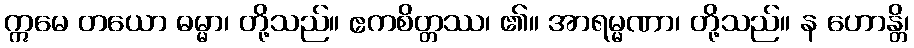
ဣမေ တယော ဓမ္မာ၊ တို့သည်။ ဧကစိတ္တဿ၊ ၏။ အာရမ္မဏာ၊ တို့သည်။ န ဟောန္တိ၊